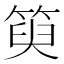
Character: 𥯮